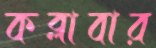
কব্‌লাবার